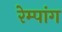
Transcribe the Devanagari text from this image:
रेम्पांग